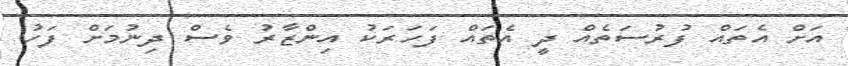
އަށް އެތައް ފުރުސަތެއް ދީ އެތައް ފަހަރަކު އިންޒާރު ވެސް ދިނުމަށް ފަހު